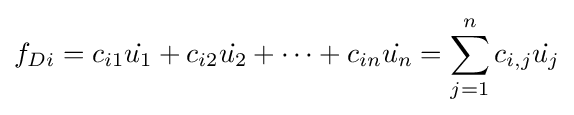
f_{Di}=c_{i1}{\dot {u_{1}}}+c_{i2}{\dot {u_{2}}}+\cdots +c_{in}{\dot {u_{n}}}=\sum _{j=1}^{n}c_{i,j}{\dot {u_{j}}}